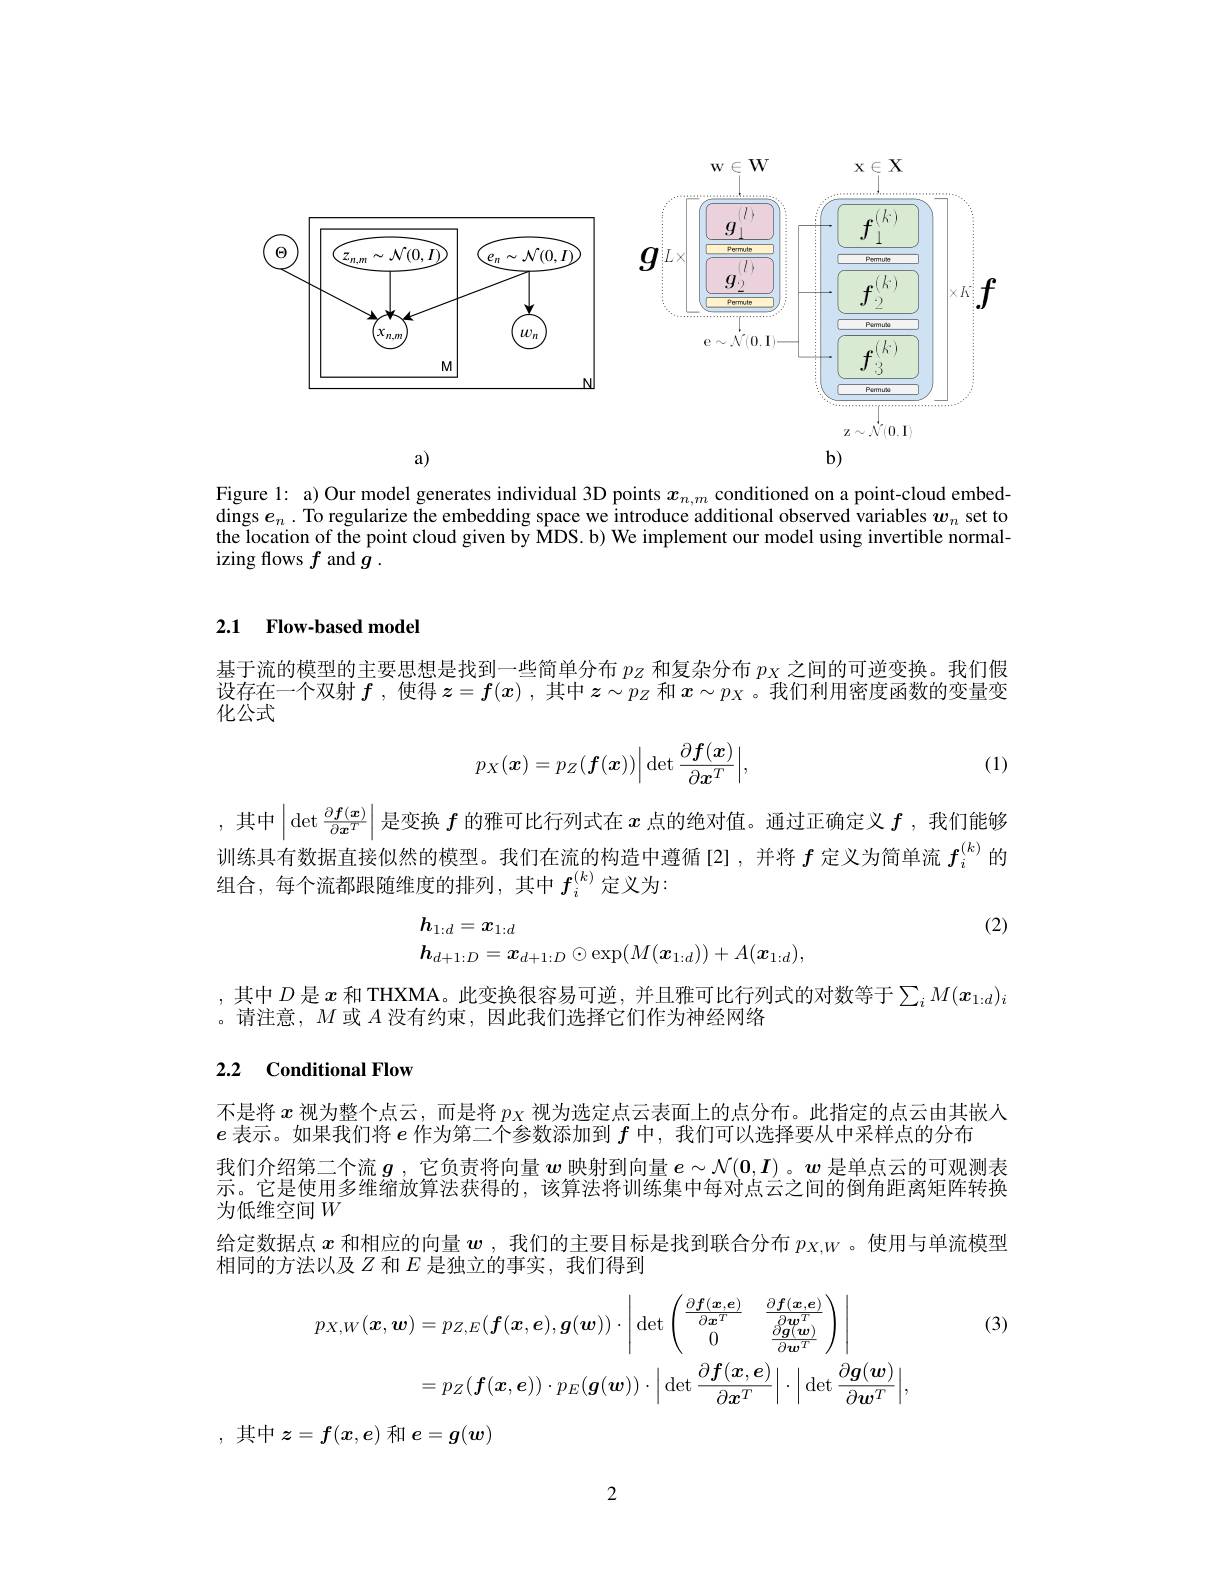
<FigureHere>

Figure 1: a) Our model generates individual 3D points $x_{n,m}$ conditioned on a point-cloud embeddings $e_n.$ To regularize the embedding space we introduce additional observed variables $w_n$ set to the location of the point cloud given by MDS. b) We implement our model using invertible normalizing flows $f$ and $\bar{g}.$

### 2.1 Flow-based model

基于流的模型的主要思想是找到一些简单分布$p_Z$和复杂分布$p_X$之间的可逆变换。我们假设存在一个双射$f$ ,使得$z=f(x)$ ,其中$z\sim p_Z$和$x\sim p_X$ 。我们利用密度函数的变量变化公式

(1)
$$p_X(\boldsymbol{x})=p_Z(\boldsymbol{f}(\boldsymbol{x}))\Big|\det\frac{\partial\boldsymbol{f}(\boldsymbol{x})}{\partial\boldsymbol{x}^T}\Big|,$$
其中$\left|\det\frac{\partial\boldsymbol{f}(\boldsymbol{x})}{\partial\boldsymbol{x}^T}\right|$是变换$f$的雅可比行列式在$x$点的绝对值。通过正确定义$f$ ,我们能够训练具有数据直接似然的模型。我们在流的构造中遵循[2],并将$f$定义为简单流$f_i^{(k)}$的组合，每个流都跟随维度的排列，其中$f_i^{(k)}$定义为：

(2)
$$\begin{aligned}&h_{1:d}=\boldsymbol{x}_{1:d}\\&h_{d+1:D}=\boldsymbol{x}_{d+1:D}\odot\exp(M(\boldsymbol{x}_{1:d}))+A(\boldsymbol{x}_{1:d}),\end{aligned}$$
其中$D$是$x$和 THXMA。此变换很容易可逆，并且雅可比行列式的对数等于$\sum_iM(x_{1:d})_i$
。请注意，$M$或$A$没有约束，因此我们选择它们作为神经网络

### 2.2 Conditional Flow

不是将$x$视为整个点云，而是将$p_X$视为选定点云表面上的点分布。此指定的点云由其嵌人
$e$表示。如果我们将$e$作为第二个参数添加到$f$中，我们可以选择要从中采样点的分布
我们介绍第二个流$g$ ,它负责将向量$w$映射到向量$e\sim\mathcal{N}(0,\boldsymbol{I})$。$w$是单点云的可观测表示。它是使用多维缩放算法获得的，该算法将训练集中每对点云之间的倒角距离矩阵转换为低维空间$W$
给定数据点$x$和相应的向量$\boldsymbol w$ ,我们的主要目标是找到联合分布$p_{X,W}$ 。使用与单流模型
相同的方法以及$Z$和$E$是独立的事实，我们得到

(3)
$$\begin{aligned}p_{X,W}(\boldsymbol{x},\boldsymbol{w})&=p_{Z,E}(\boldsymbol{f}(\boldsymbol{x},\boldsymbol{e}),\boldsymbol{g}(\boldsymbol{w}))\cdot\left|\det\begin{pmatrix}\frac{\partial\boldsymbol{f}(\boldsymbol{x},\boldsymbol{e})}{\partial\boldsymbol{x}^{T}}&\frac{\partial\boldsymbol{f}(\boldsymbol{x},\boldsymbol{e})}{\partial\boldsymbol{w}^{T}}\\0&\frac{\partial\boldsymbol{g}(\boldsymbol{w})}{\partial\boldsymbol{w}^{T}}\end{pmatrix}\right|\\&=p_{Z}(\boldsymbol{f}(\boldsymbol{x},\boldsymbol{e}))\cdot p_{E}(\boldsymbol{g}(\boldsymbol{w}))\cdot\Big|\det\frac{\partial\boldsymbol{f}(\boldsymbol{x},\boldsymbol{e})}{\partial\boldsymbol{x}^{T}}\Big|\cdot\Big|\det\frac{\partial\boldsymbol{g}(\boldsymbol{w})}{\partial\boldsymbol{w}^{T}}\Big|,\end{aligned}$$
,其中$z=f(x,e)$和$e=g(\boldsymbol w)$

2